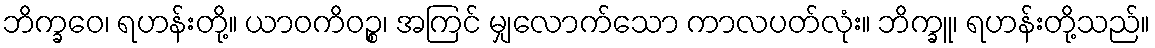
ဘိက္ခဝေ၊ ရဟန်းတို့။ ယာဝကိဝဉ္စ၊ အကြင် မျှလောက်သော ကာလပတ်လုံး။ ဘိက္ခူ၊ ရဟန်းတို့သည်။